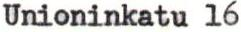
Unioninkatu 16